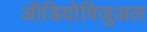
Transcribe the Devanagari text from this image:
ऑडियोविजुअल